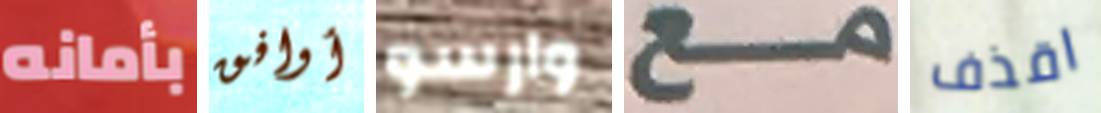
بأمانه أوافق وارسو مع اقذف